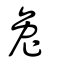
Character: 兎